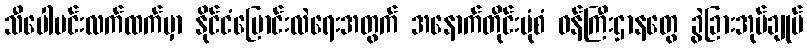
သီပေါမင်းလက်ထက်မှာ နိုင်ငံပြောင်းလဲရေးအတွက် အနောက်တိုင်းပုံစံ ဝန်ကြီးဌာနတွေ ခွဲခြားအုပ်ချုပ်